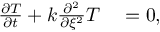
\begin{array} { r l } { \frac { \partial T } { \partial t } + k \frac { \partial ^ { 2 } } { \partial \xi ^ { 2 } } T } & { { } = 0 , } \end{array}